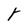
Character: t